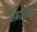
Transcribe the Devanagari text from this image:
तमभेसक